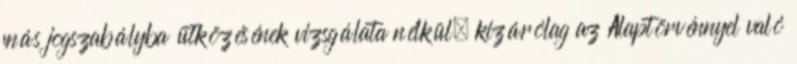
más jogszabályba ütközésének vizsgálata nélkül, kizárólag az Alaptörvénnyel való